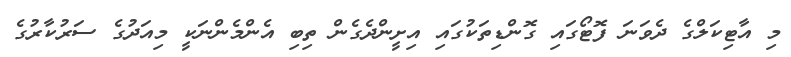
މި އާޓިކަލްގެ ދެވަނަ ފޮޓޯގައި ގޮންޑިތަކުގައި އިށީންދެގެން ތިބި އެންމެންނަކީ މިއަދުގެ ސަރުކާރުގެ